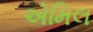
એમિલ